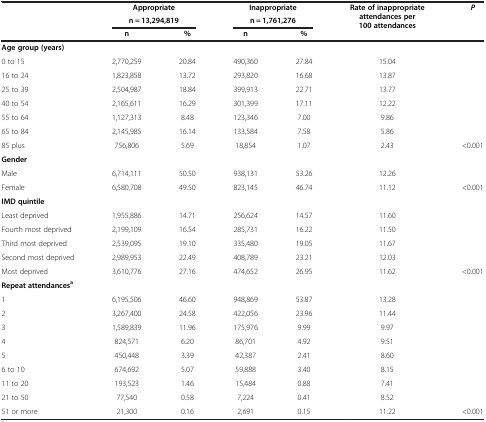
<table><thead><tr><td><b> </b></td><td colspan="2"><b>Appropriate</b></td><td colspan="2"><b>Inappropriate</b></td><td rowspan="3"><b>Rate of inappropriate attendances per 100 attendances</b></td><td rowspan="3"><b><i>P</i></b></td></tr><tr><td><b> </b></td><td colspan="2"><b>n = 13,294,819</b></td><td colspan="2"><b>n = 1,761,276</b></td></tr><tr><td><b> </b></td><td><b>n</b></td><td><b>%</b></td><td><b>n</b></td><td><b>%</b></td></tr></thead><tbody><tr><td colspan="7"><b>Age group (years)</b></td></tr><tr><td>0 to 15</td><td>2,770,259</td><td>20.84</td><td>490,360</td><td>27.84</td><td>15.04</td><td> </td></tr><tr><td>16 to 24</td><td>1,823,858</td><td>13.72</td><td>293,820</td><td>16.68</td><td>13.87</td><td> </td></tr><tr><td>25 to 39</td><td>2,504,987</td><td>18.84</td><td>399,913</td><td>22.71</td><td>13.77</td><td> </td></tr><tr><td>40 to 54</td><td>2,165,611</td><td>16.29</td><td>301,399</td><td>17.11</td><td>12.22</td><td> </td></tr><tr><td>55 to 64</td><td>1,127,313</td><td>8.48</td><td>123,346</td><td>7.00</td><td>9.86</td><td> </td></tr><tr><td>65 to 84</td><td>2,145,985</td><td>16.14</td><td>133,584</td><td>7.58</td><td>5.86</td><td> </td></tr><tr><td>85 plus</td><td>756,806</td><td>5.69</td><td>18,854</td><td>1.07</td><td>2.43</td><td>&lt;0.001</td></tr><tr><td colspan="7"><b>Gender</b></td></tr><tr><td>Male</td><td>6,714,111</td><td>50.50</td><td>938,131</td><td>53.26</td><td>12.26</td><td> </td></tr><tr><td>Female</td><td>6,580,708</td><td>49.50</td><td>823,145</td><td>46.74</td><td>11.12</td><td>&lt;0.001</td></tr><tr><td colspan="7"><b>IMD quintile</b></td></tr><tr><td>Least deprived</td><td>1,955,886</td><td>14.71</td><td>256,624</td><td>14.57</td><td>11.60</td><td> </td></tr><tr><td>Fourth most deprived</td><td>2,199,109</td><td>16.54</td><td>285,731</td><td>16.22</td><td>11.50</td><td> </td></tr><tr><td>Third most deprived</td><td>2,539,095</td><td>19.10</td><td>335,480</td><td>19.05</td><td>11.67</td><td> </td></tr><tr><td>Second most deprived</td><td>2,989,953</td><td>22.49</td><td>408,789</td><td>23.21</td><td>12.03</td><td> </td></tr><tr><td>Most deprived</td><td>3,610,776</td><td>27.16</td><td>474,652</td><td>26.95</td><td>11.62</td><td>&lt;0.001</td></tr><tr><td colspan="7"><b>Repeat attendances</b><sup><b>a</b></sup></td></tr><tr><td>1</td><td>6,195,506</td><td>46.60</td><td>948,869</td><td>53.87</td><td>13.28</td><td> </td></tr><tr><td>2</td><td>3,267,400</td><td>24.58</td><td>422,056</td><td>23.96</td><td>11.44</td><td> </td></tr><tr><td>3</td><td>1,589,839</td><td>11.96</td><td>175,976</td><td>9.99</td><td>9.97</td><td> </td></tr><tr><td>4</td><td>824,571</td><td>6.20</td><td>86,701</td><td>4.92</td><td>9.51</td><td> </td></tr><tr><td>5</td><td>450,448</td><td>3.39</td><td>42,387</td><td>2.41</td><td>8.60</td><td> </td></tr><tr><td>6 to 10</td><td>674,692</td><td>5.07</td><td>59,888</td><td>3.40</td><td>8.15</td><td> </td></tr><tr><td>11 to 20</td><td>193,523</td><td>1.46</td><td>15,484</td><td>0.88</td><td>7.41</td><td> </td></tr><tr><td>21 to 50</td><td>77,540</td><td>0.58</td><td>7,224</td><td>0.41</td><td>8.52</td><td> </td></tr><tr><td>51 or more</td><td>21,300</td><td>0.16</td><td>2,691</td><td>0.15</td><td>11.22</td><td>&lt;0.001</td></tr></tbody></table>